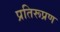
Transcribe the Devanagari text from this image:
प्रतिरूप्रण